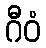
ဂီဝံ